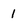
Character: 1